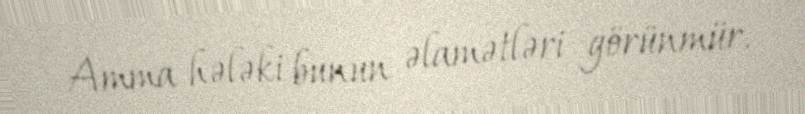
Amma hələki bunun əlamətləri görünmür.